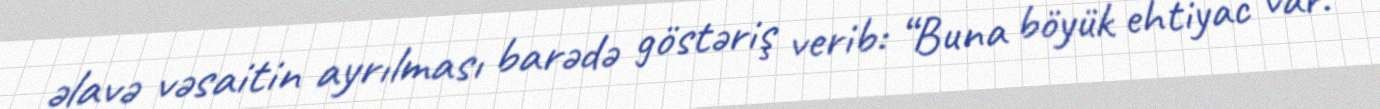
əlavə vəsaitin ayrılması barədə göstəriş verib: “Buna böyük ehtiyac var.